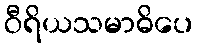
ဝီရိယသမာဓိပေ